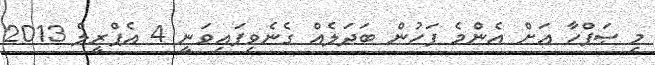
މި ޞަފްހާ އަށް އެންމެ ފަހުން ބަދަލެއް ގެނެވިފައިވަނީ 4 އެޕްރީލް 2013